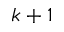
k + 1